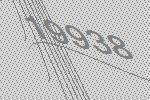
19938